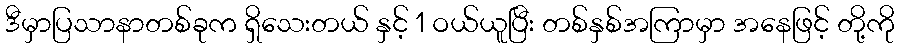
ဒီမှာပြသာနာတစ်ခုက ရှိသေးတယ် နှင့် 1 ဝယ်ယူပြီး တစ်နှစ်အကြာမှာ အနေဖြင့် တို့ကို